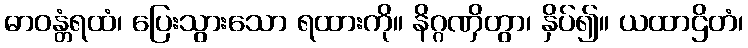
ဓာဝန္တံရထံ၊ ပြေးသွားသော ရထားကို။ နိဂ္ဂဏှိတွာ၊ နှိပ်၍။ ယထာဌိတံ၊